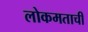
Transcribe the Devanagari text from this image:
लोकमताची